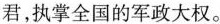
君，执掌全国的军政大权。